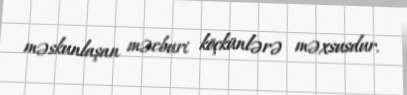
məskunlaşan məcburi köçkünlərə məxsusdur.